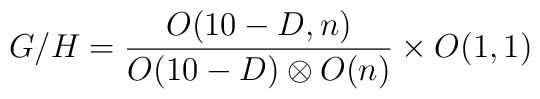
G/H = {O(10-D,n) \over O(10-D)\otimes O(n)} \times O(1,1)